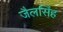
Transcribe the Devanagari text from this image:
जैलसिंह